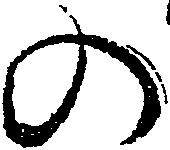
の